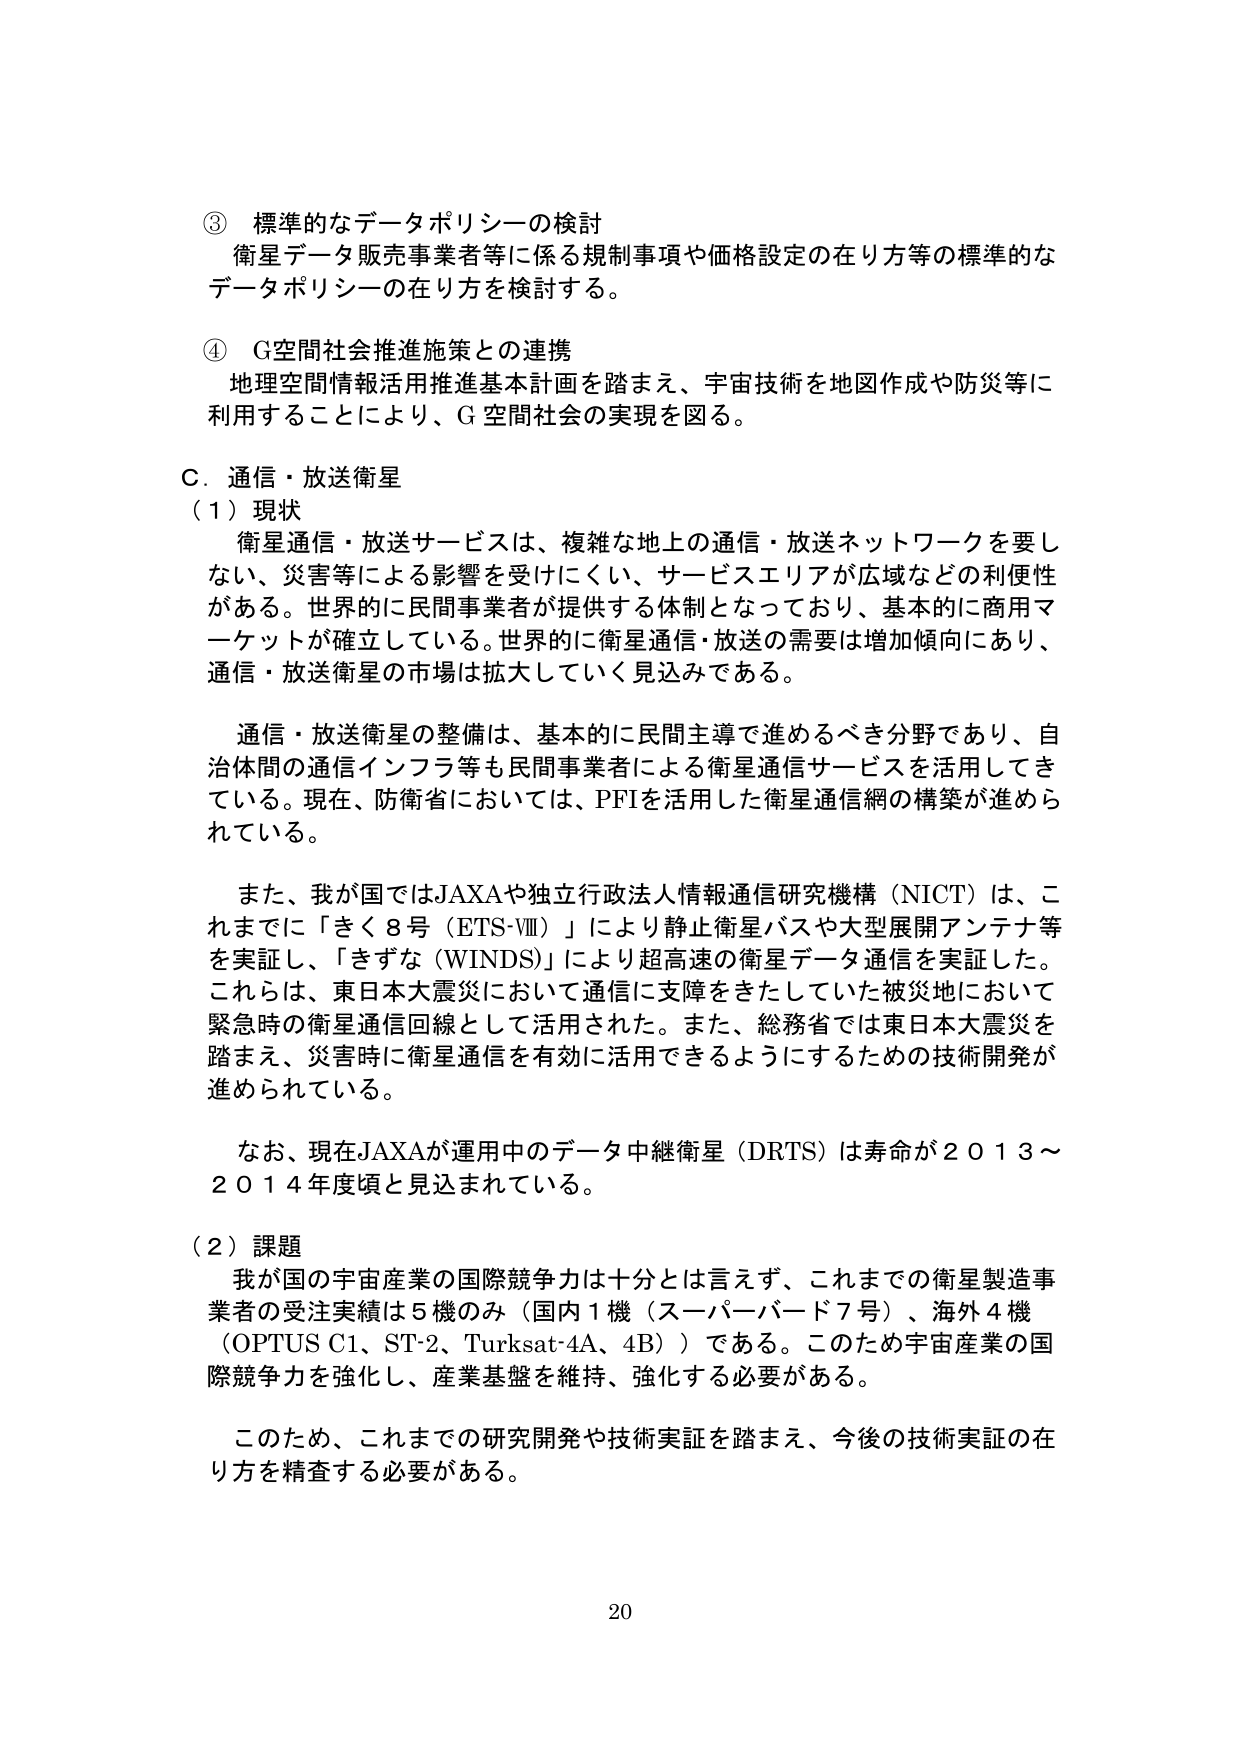
③ 標準的なデータポリシーの検討
衛星データ販売事業者等に係る規制事項や価格設定の在り方等の標準的な
データポリシーの在り方を検討する。

④ G空間社会推進施策との連携
地理空間情報活用推進基本計画を踏まえ、宇宙技術を地図作成や防災等に
利用することにより、G空間社会の実現を図る。

C．通信・放送衛星
（1）現状
衛星通信・放送サービスは、複雑な地上の通信・放送ネットワークを要し
ない、災害等による影響を受けにくい、サービスエリアが広域などの利便性
がある。世界的に民間事業者が提供する体制となっており、基本的に商用マ
ーケットが確立している。世界的に衛星通信・放送の需要は増加傾向にあり、
通信・放送衛星の市場は拡大していく見込みである。

通信・放送衛星の整備は、基本的に民間主導で進めるべき分野であり、自
治体間の通信インフラ等も民間事業者による衛星通信サービスを活用してき
ている。現在、防衛省においては、PFIを活用した衛星通信網の構築が進めら
れている。

また、我が国ではJAXAや独立行政法人情報通信研究機構（NICT）は、こ
れまでに「きく8号（ETS-VIII）」により静止衛星バスや大型展開アンテナ等
を実証し、「きずな（WINDS）」により超高速の衛星データ通信を実証した。
これらは、東日本大震災において通信に支障をきたしていた被災地において
緊急時の衛星通信回線として活用された。また、総務省では東日本大震災を
踏まえ、災害時に衛星通信を有効に活用できるようにするための技術開発が
進められている。

なお、現在JAXAが運用中のデータ中継衛星（DRTS）は寿命が2013～
2014年度頃と見込まれている。

（2）課題
我が国の宇宙産業の国際競争力は十分とは言えず、これまでの衛星製造事
業者の受注実績は5機のみ（国内1機（スーパーバード7号）、海外4機
（OPTUS C1、ST-2、Turksat-4A、4B））である。このため宇宙産業の国
際競争力を強化し、産業基盤を維持、強化する必要がある。

このため、これまでの研究開発や技術実証を踏まえ、今後の技術実証の在
り方を精査する必要がある。

20